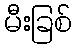
မီးခြစ်